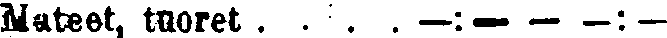
Mateet, tuoret . . . . —:— — —:–